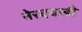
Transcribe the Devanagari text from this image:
नेरदवाडी